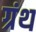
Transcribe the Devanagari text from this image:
ग्रंथ्‍ा